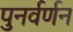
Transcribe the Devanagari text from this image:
पुनर्वर्णन